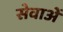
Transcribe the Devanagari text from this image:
सेवाअें